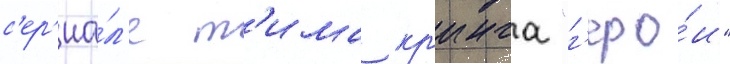
с'ер'иа́л'е т'има кр'инга "г'еро́и"